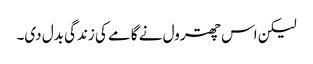
لیکن اس چھترول نے گامے کی زندگی بدل دی۔